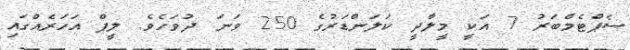
ސެޕްޓެމްބަރު 7 އަކީ މީލާދީ ކަލަންޑަރުގެ 250 ވަނަ ދުވަހެވެ. ލީޕް އަހަރެއްގައި